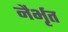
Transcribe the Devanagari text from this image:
नैर्भृत